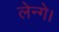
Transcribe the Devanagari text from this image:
लेन्गे।